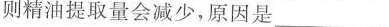
则精油提取量会减少，原因是___。